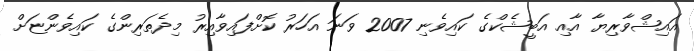
އައިޝްވާރިޔާ އާއި އަބީޝެކްގެ ކައިވެނި 2007 ވަނަ އަހަރު ކޮށްފައިވާއިރު މިދެތަރިންގެ ކައިވެންޏަށް